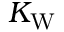
K _ { \mathrm { W } }